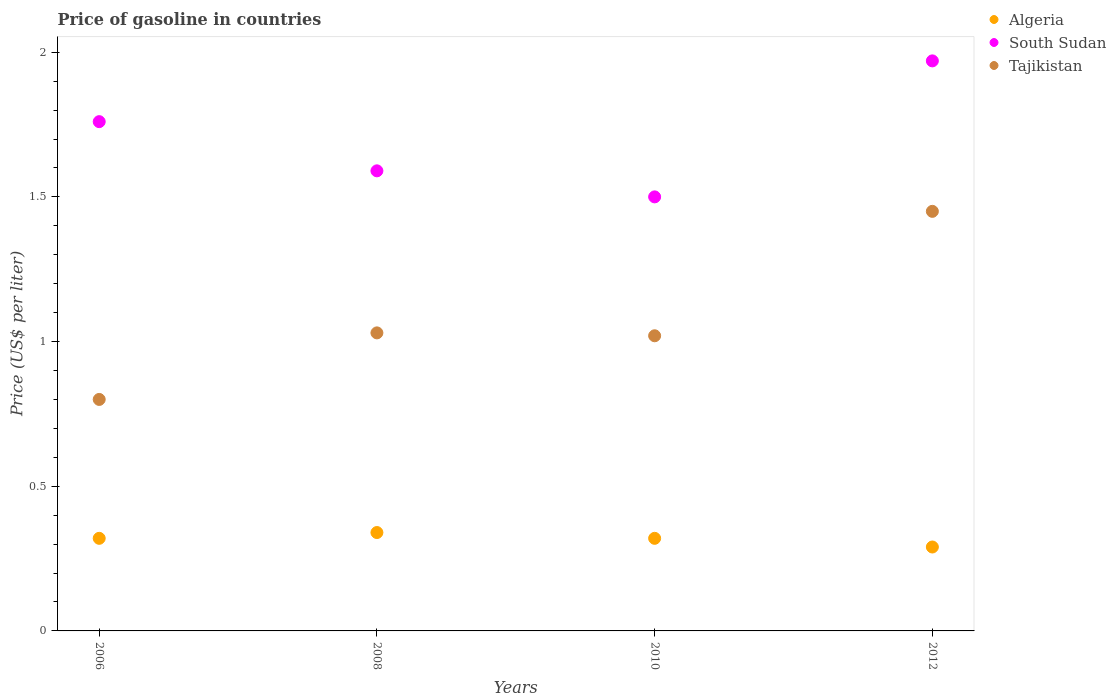
| Years | Algeria | South Sudan | Tajikistan |
 | --- | --- | --- | --- |
 | 2006 | 0.32 | 1.76 | 0.8 |
 | 2008 | 0.34 | 1.59 | 1.03 |
 | 2010 | 0.32 | 1.5 | 1.02 |
 | 2012 | 0.29 | 1.97 | 1.45 |